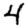
Digit: 4